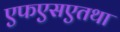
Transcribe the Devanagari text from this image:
एफएसएतथा